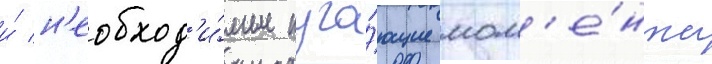
и́ н'еобход'и́мые пуга́ющие мом'е́нты